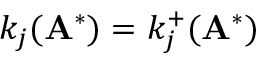
k _ { j } ( \mathbf { A } ^ { * } ) = k _ { j } ^ { + } ( \mathbf { A } ^ { * } )